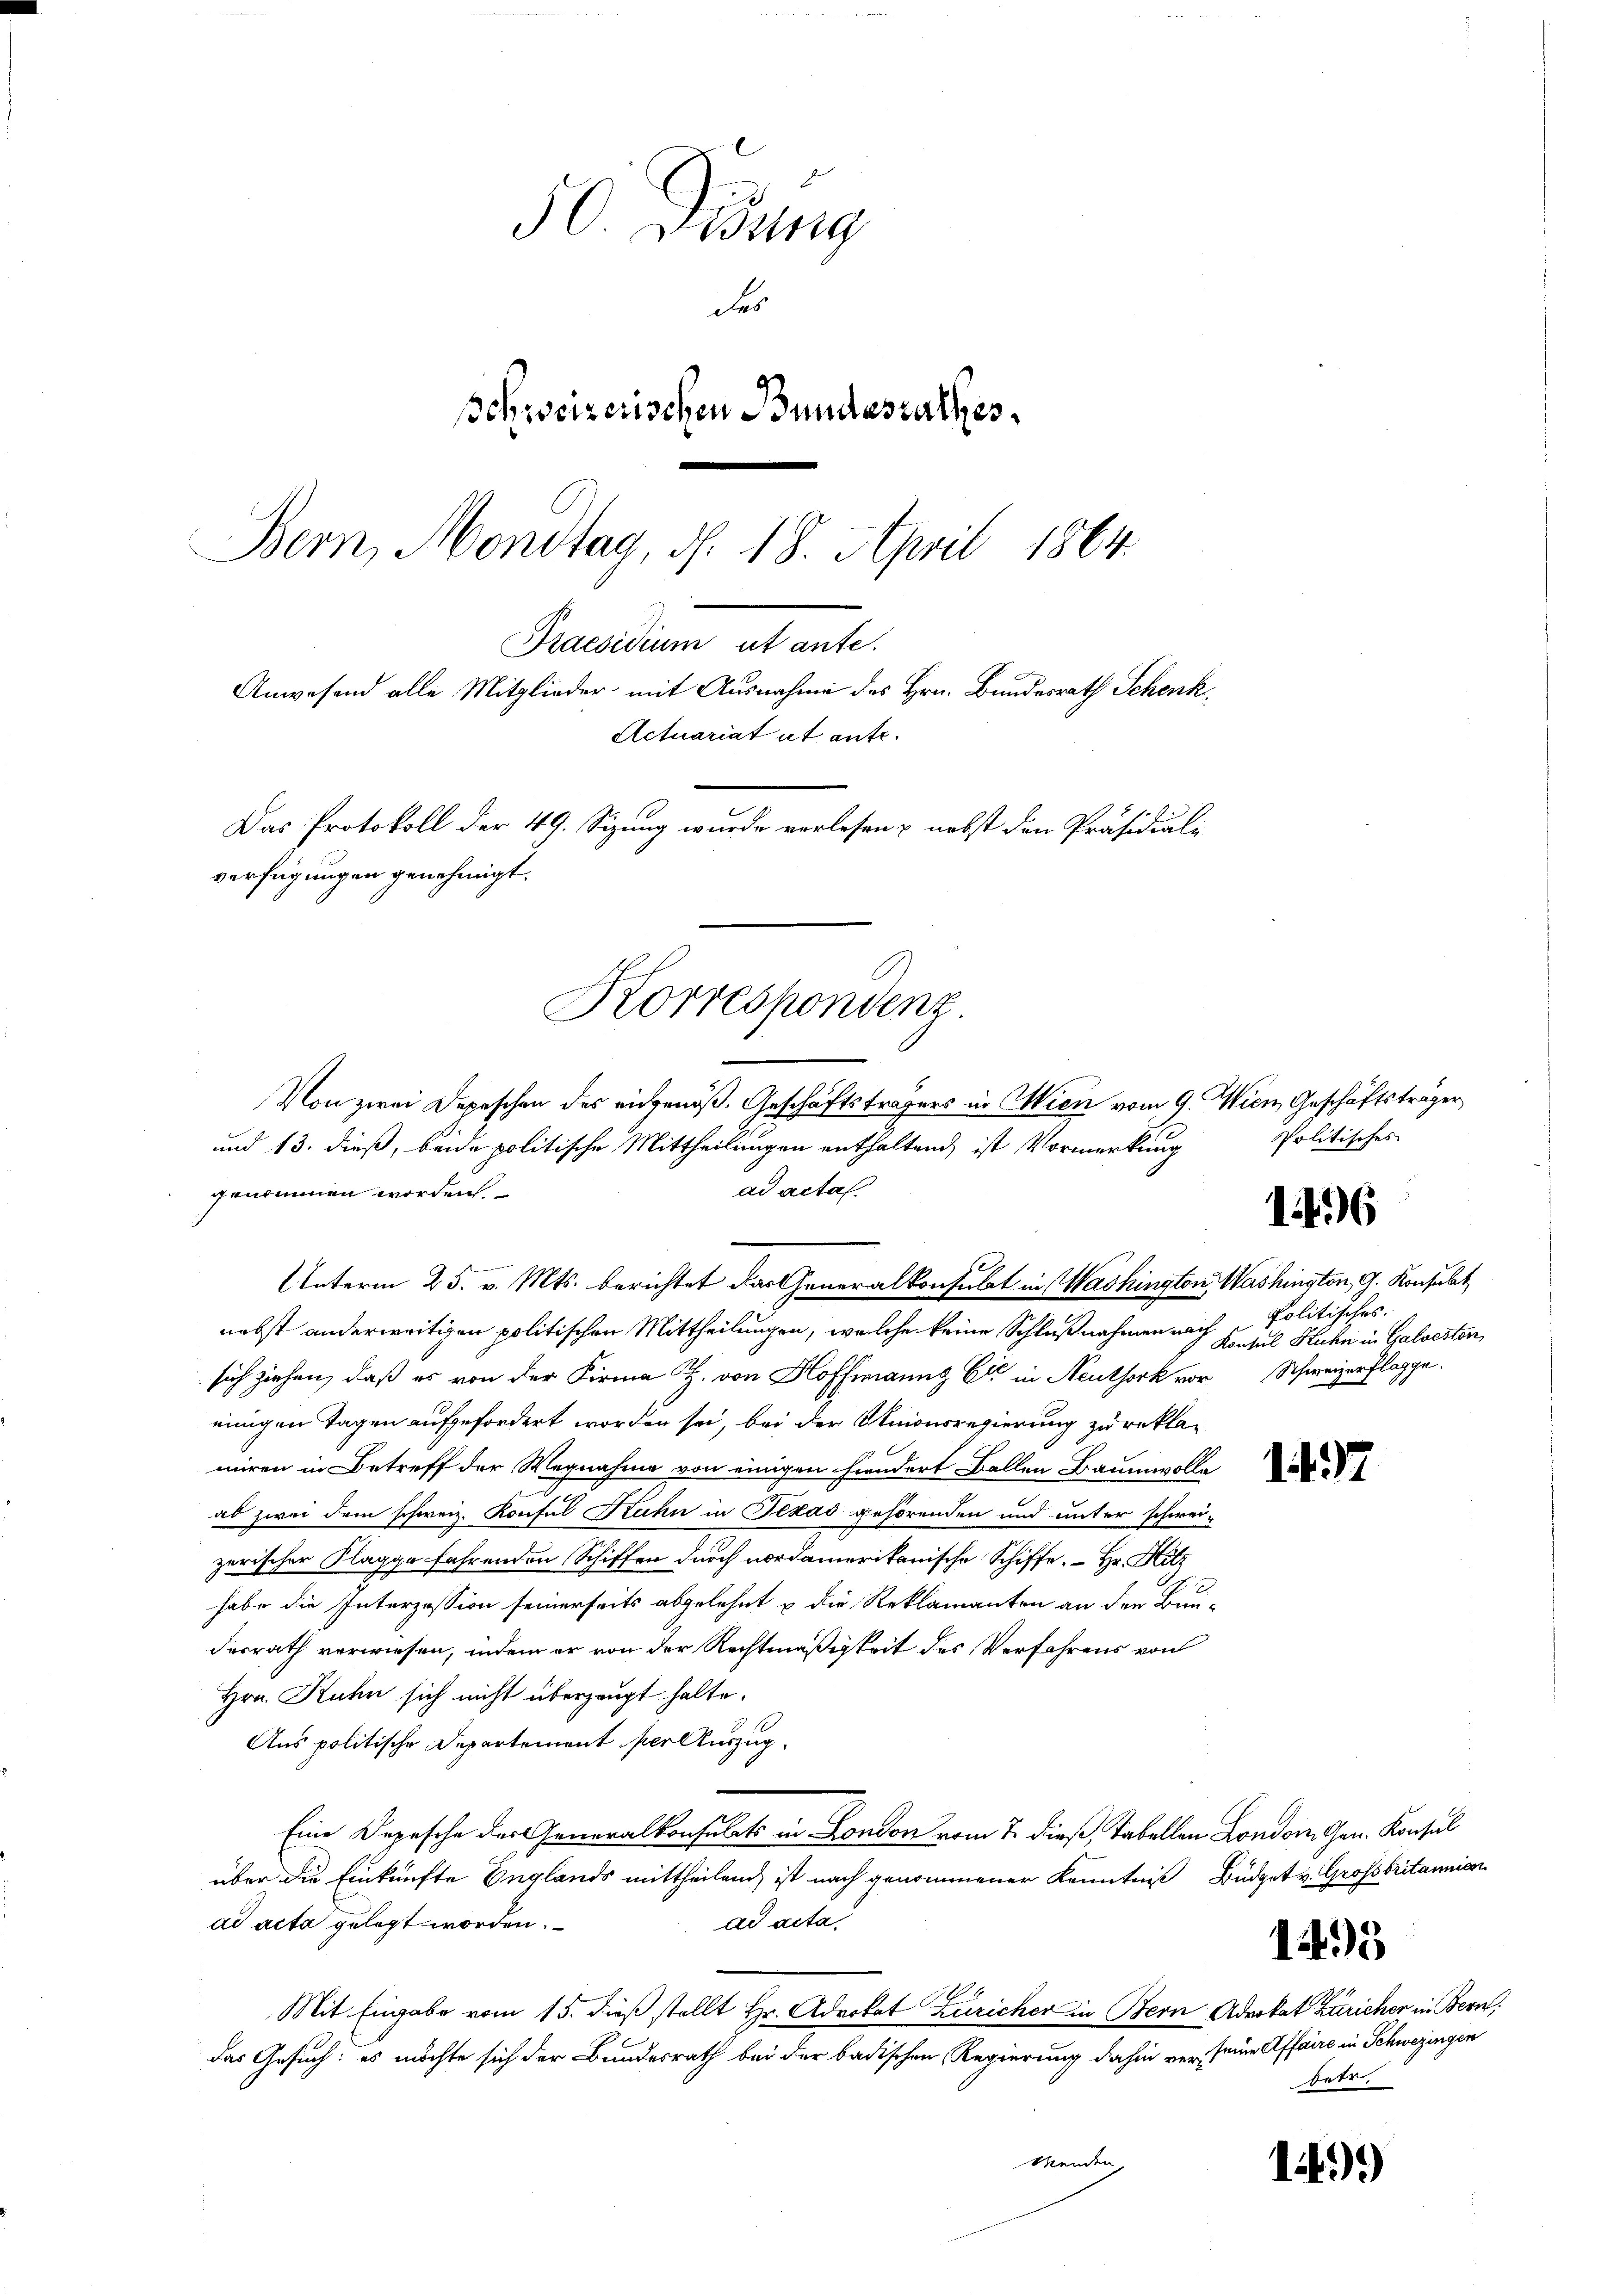
50. Sedung
des
schweizerischen Bundesrathes
Bern, Mondtag, d. 18. April 1864.
Praesidium ut ante.
Anwesend alle Mitglieder mit Ausnahme des Hrn. Bundesrath Schenk,
Actuariat ut ante.
Das Protokoll der 49. Sizung wurde verlesen & nebst den Präsidial-
verfügungen genehmigt.

Korrespondenz.
Von zwei Depeschen des eidgenöß. Geschäftsträgers in Wien vom 9. Wien Geschäftsträger

und 13. dieß, beide politische Mittheilungen enthaltend, ist Vormerkung
ad acta.
genommen worden.
Unterm 25. v. Mts. berichtet das Generalkonsulat in Washington, Washington, G. Konsult
nebst anderweitigen politischen Mittheilungen, welche keine Schlußnahmen auch Konsul Stuhn in Galveston,
sich ziehen, daß es von der Firma H. von Hoffmanns Er in Neuthork vor Schweizerflagge
einigen Tagen aufgefordert worden sei, bei der Unionsregierung zu reklamiren in Betreff der Wegnahme von einigen hindert Ballen Baumwolle
.
ab zwei dem schweiz. Konsul Kuhn in Texas gehörenden und unter schwei-
zerischer Klagge fahrenden Schiffen durch nordamerikanische Schiffe. Hr. Hitz
habe die Interzession seinerseits abgelehnt u die Reklamanten an den Bun-
desrath verwiesen, indem er von der Rechtmäßigkeit des Verfahrens von
Hrn. Kuhn sich nicht überzeugt halte.
Aus politische Departement per Auszug.
Eine Depesche der Generalkonsulats in London vom 7. dieß, Tabellen London. Gen. Konsul
über die Einkünfte Englands mittheilend, ist nach genommener Kenntniß Büdget v. Großbritannien
ad acta gelegt worden.
dd acta
Mit Eingabe vom 15. dieß stellt Hr. Advokat Züricher in Bern Ar
das Gesuch, es möchte sich der Bundesrath bei der badischen Regierung dahin vor seine Affaire in Schweringen
Menden,

Politisches

1496

Politisches.

1437

145

Trokat Züricher in Bern,
hetr.

14.)